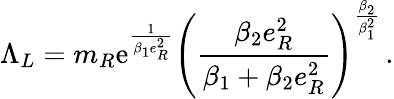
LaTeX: \Lambda_{L}=m_{R}\mathrm{e}^{\frac{1}{\beta_{1}e_{R}^{2}}}\left(\frac{\beta_{2}e_{R}^{2}}{\beta_{1}+\beta_{2}e_{R}^{2}}\right)^{\frac{\beta_{2}}{\beta_{1}^{2}}}\, .